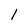
Character: 1